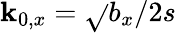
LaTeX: \mathbf{k}_{0,x}=\sqrt{}{{b_{x}/2s}}